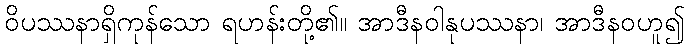
ဝိပဿနာရှိကုန်သော ရဟန်းတို့၏။ အာဒီနဝါနုပဿနာ၊ အာဒီနဝဟူ၍